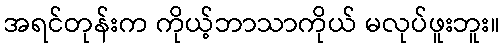
အရင်တုန်းက ကိုယ့်ဘာသာကိုယ် မလုပ်ဖူးဘူး။